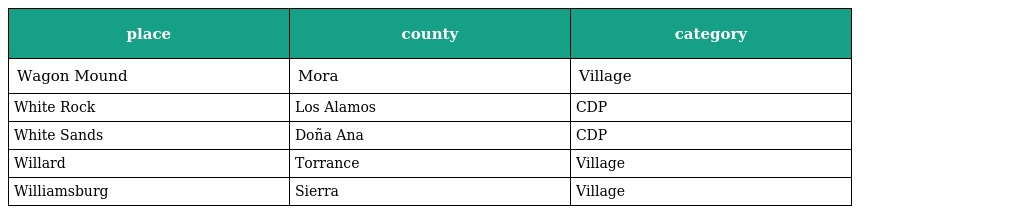
| place | county | category |
 | --- | --- | --- |
 | Wagon Mound | Mora | Village |
 | White Rock | Los Alamos | CDP |
 | White Sands | Doña Ana | CDP |
 | Willard | Torrance | Village |
 | Williamsburg | Sierra | Village |